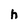
Character: h